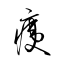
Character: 痍